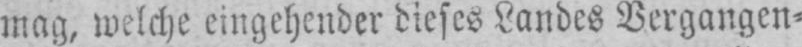
mag, welche eingehender dieses Landes Vergangen⸗